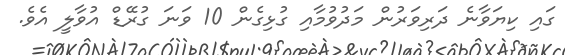
ގައި ކިޔަވާނެ ދަރިވަރުން މަދުވުމާއި ގުޅިގެން 10 ވަނަ ގުރޭޑް އުވާލީ އެެވެ.